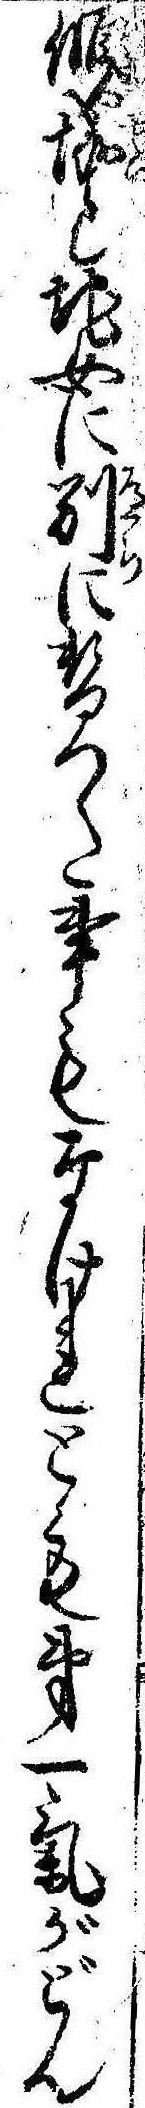
傾と地女に別に替つた事もなけれとも第一気がどん